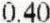
0.40